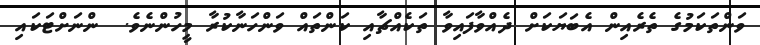
ވަންތަކަމުގެ ތެރެއިން އެބަޔަކަށް ދެއްވާފައިވާ ތަކެއްޗާއި ކަންތައް ވަންހަނާކުރާ މީހުންނެވެ.  ންނަށްޓަކައި